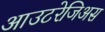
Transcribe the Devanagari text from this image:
आउटरेजिअस